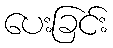
ပေးခြင်း